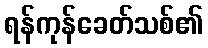
ရန်ကုန်ခေတ်သစ်၏